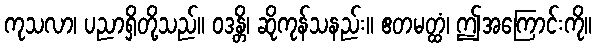
ကုသလာ၊ ပညာရှိတို့သည်။ ဝဒန္တိ၊ ဆိုကုန်သနည်း။ ဧတမတ္ထံ၊ ဤအကြောင်းကို။